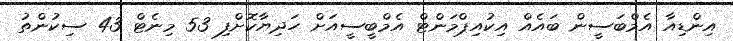
އިންޑިއާ އެމްބަސީން ބައެއް އިކުއިޕްމަންޓް އެމްބީސީއަށް ހަދިޔާކޮށްފި 53 މިނެޓް 43 ސިކުންތު